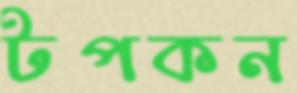
টপকন